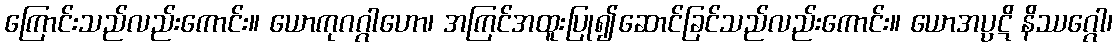
ကြောင်းသည်လည်းကောင်း။ ယောကုဂဂ္ဂါဟော၊ အကြင်အထူးပြု၍ဆောင်ခြင်သည်လည်းကောင်း။ ယောအပ္ပဋိ နိဿဂ္ဂေါ၊